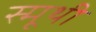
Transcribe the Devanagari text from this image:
स्मूथी